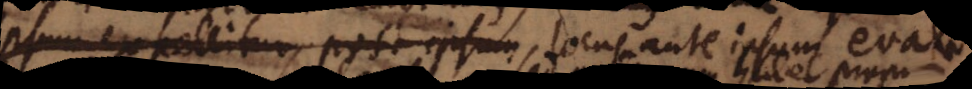
ipsum expellitur, post ipsum locus ante ipsum evac